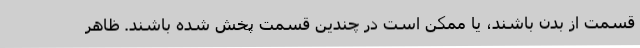
قسمت از بدن باشند، یا ممکن است در چندین قسمت پخش شده باشند. ظاهر